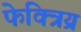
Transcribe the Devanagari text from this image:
फेक्त्रिय्र